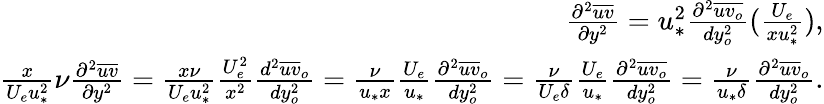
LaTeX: \begin{array}{r}{\frac{\partial^{2}\overline{{uv}}}{\partial y^{2}}=u_{*}^{2}\frac{\partial^{2}\overline{{uv_{o}}}}{dy_{o}^{2}}(\frac{U_{e}}{xu_{*}^{2}}),}\\ {\frac{x}{U_{e}u_{*}^{2}}\nu\frac{\partial^{2}\overline{{uv}}}{\partial y^{2}}=\frac{x\nu}{U_{e}u_{*}^{2}}\frac{U_{e}^{2}}{x^{2}}\frac{d^{2}\overline{{uv}}_{o}}{dy_{o}^{2}}=\frac{\nu}{u_{*}x}\frac{U_{e}}{u_{*}}\frac{\partial^{2}\overline{{uv}}_{o}}{dy_{o}^{2}}=\frac{\nu}{U_{e}\delta}\frac{U_{e}}{u_{*}}\frac{\partial^{2}\overline{{uv_{o}}}}{dy_{o}^{2}}=\frac{\nu}{u_{*}\delta}\frac{\partial^{2}\overline{{uv}}_{o}}{dy_{o}^{2}}.}\end{array}